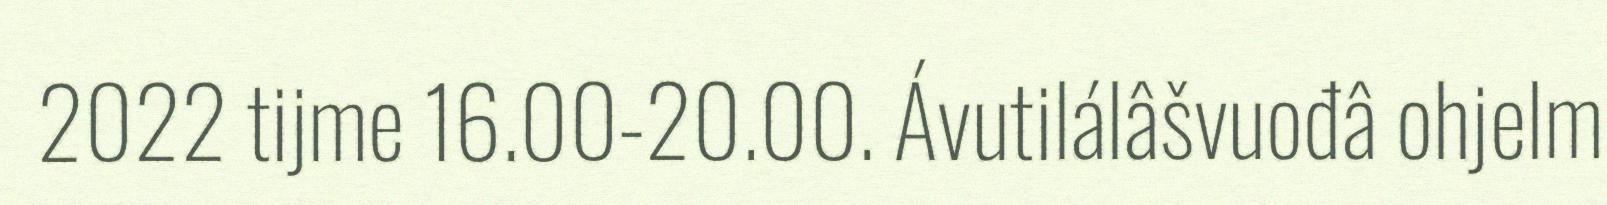
2022 tijme 16.00-20.00. Ávutilálâšvuođâ ohjelm